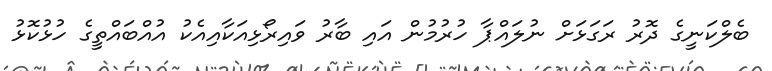
ބެލްކަނީގެ ދޮރު ރަގަޅަށް ނުލައްޕާ ހުރުމުން އައި ބާރު ވައިރޯޅިއަކާއިއެކު އުއްބައްތީގެ ހުޅުކޮޅު